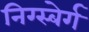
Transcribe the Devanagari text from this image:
निग्स्बेर्ग